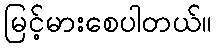
မြင့်မားစေပါတယ်။